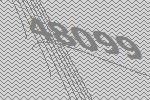
48099